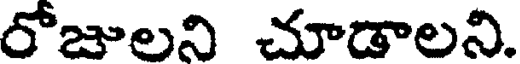
రోజులని చూడాలని.